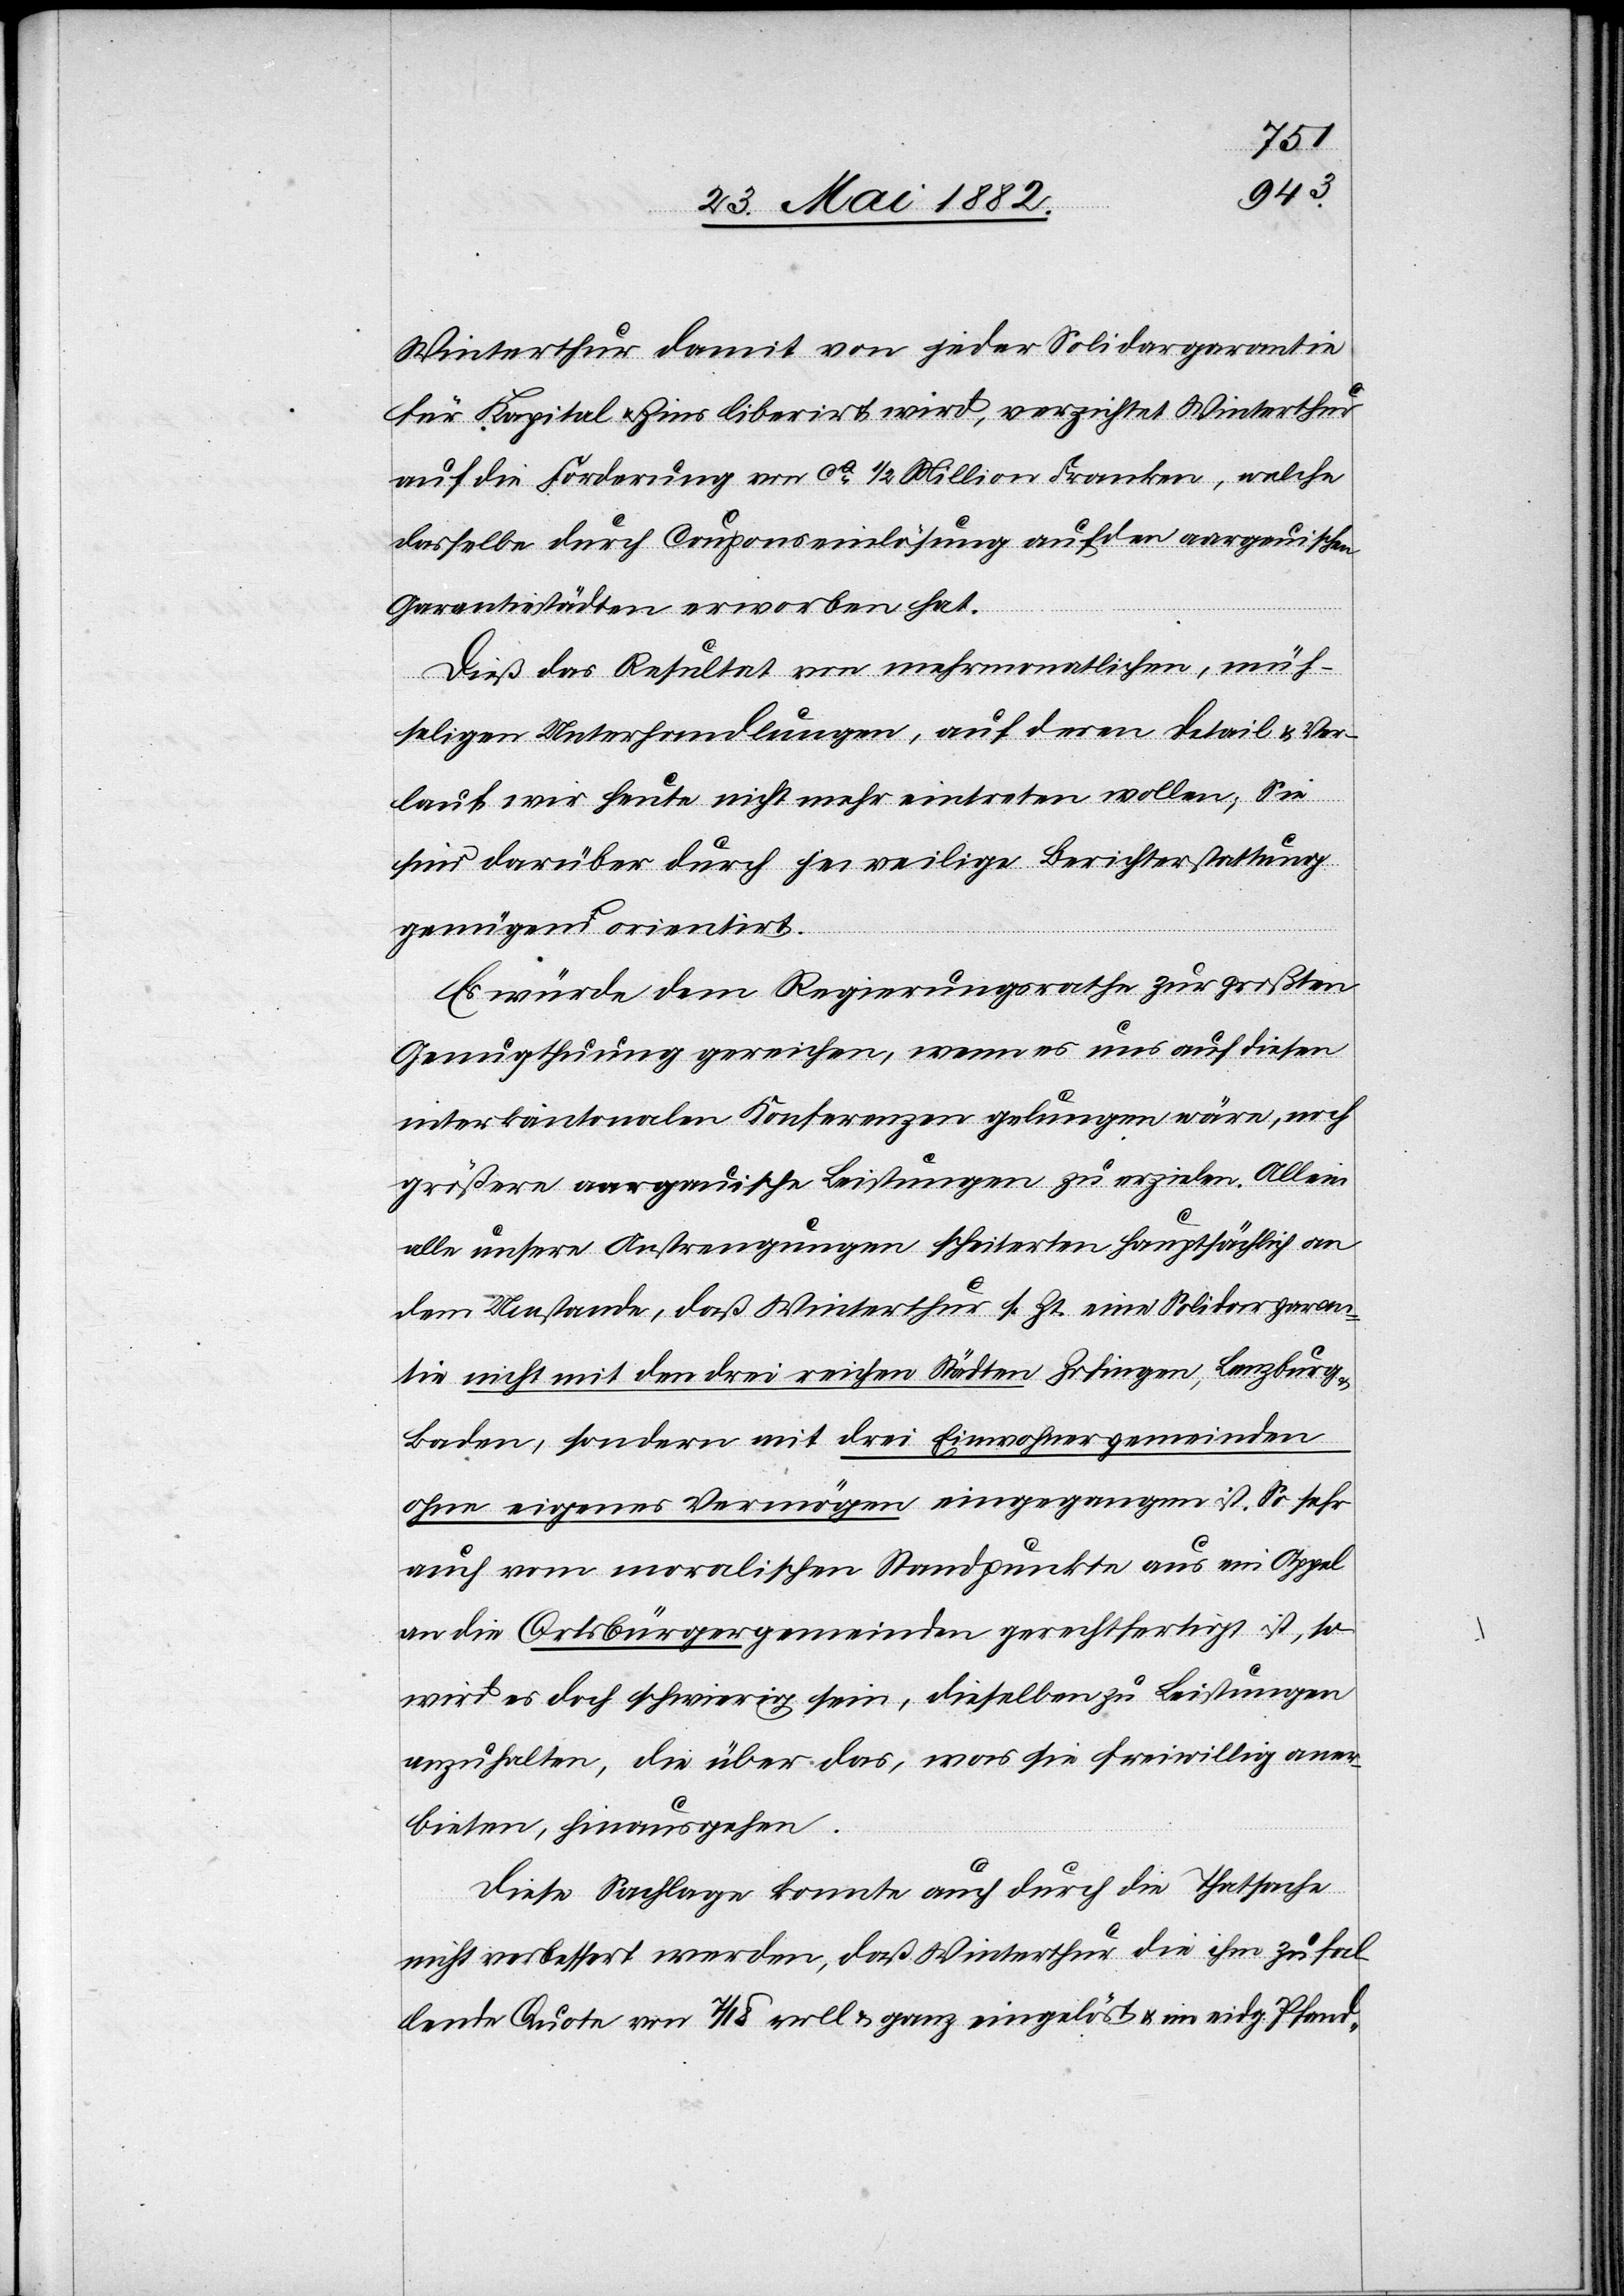
Winterthur damit von jeder Solidargarantie
für Kapital & Zins liberirt wird, verzichtet Winterthur
auf die Forderung von ca 1/2 Millionen Franken, welche
dasselbe durch Couponseinlösung auf den aargauischen
Garantiestädten erworben hat.
Dieß das Resultat von mehrmonatlichen, müh¬
seligen Unterhandlungen, auf deren Detail & Ver¬
lauf wir heute nicht mehr eintreten wollen; Sie
sind darüber durch jeweilige Berichterstattung
genügend orientirt.
Es würde dem Regierungsrathe zur größten
Genugtuung gereichen, wenn es uns auf diesen
interkantonalen Konferenzen gelungen wäre, noch
größere aargauische Leistungen zu erzielen. Allein
alle unsere Anstrengungen scheiterten hauptsächlich an
dem Umstande, daß Winterthur sr. Zt. eine Solidargaran¬
tie nicht mit den drei reichen Städten Zofingen, Lenzburg
Baden, sondern mit drei Einwohnergemeinden
ohne eigenes Vermögen eingegangen ist. So sehr
auch vom moralischen Standpunkte aus ein Appel
an die Ortsbürgergemeinden gerechtfertigt ist, so
wird es doch schwierig sein, dieselben zu Leistungen
anzuhalten, die über das, was sie freiwillig aner¬
bieten, hinausgehen.
Diese Sachlage konnte auch durch die Thatsache
nicht verbessert werden, daß Winterthur die ihm zufa¬
llende Quote von 7/18 voll & ganz eingelöst u. im eidg. Pfand-